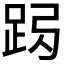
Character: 𨀇